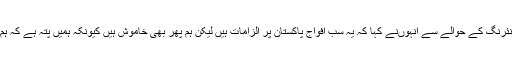
انتخابات میں انجینئرنگ کے حوالے سے انہوںنے کہا کہ یہ سب افواج پاکستان پر الزامات ہیں لیکن ہم پھر بھی خاموش ہیں کیونکہ ہمیں پتہ ہے کہ ہم نے کہا جانا ہے۔